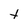
Character: t